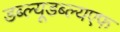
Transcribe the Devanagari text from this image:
डब्ल्यूडब्ल्यएफ